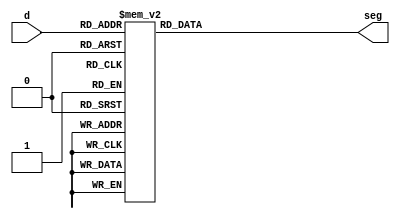
// Design: bcd-7
// Description: BCD to 7-segment converter

////////////////////////////////////////////////////////////////////////////////
// This file is free software: you can redistribute it and/or modify it under //
// the terms of the GNU General Public License as published by the Free       //
// Software Foundation, either version 3 of the License, or (at your option)  //
// any later version. See <http://www.gnu.org/licenses/>.                     //
////////////////////////////////////////////////////////////////////////////////

/*
       0             Segments are active low
      ---
   5 |   | 1
      --- 6
   4 |   | 2
      ---
       3
*/

`timescale 1ns / 1ps

module display(
    input wire [3:0] d,
    output reg [0:6] seg
    );

    always @*
        case (d)
        4'h0: seg = 7'b0000001;
        4'h1: seg = 7'b1001111;
        4'h2: seg = 7'b0010010;
        4'h3: seg = 7'b0000110;
        4'h4: seg = 7'b1001100;
        4'h5: seg = 7'b0100100;
        4'h6: seg = 7'b0100000;
        4'h7: seg = 7'b0001111;
        4'h8: seg = 7'b0000000;
        4'h9: seg = 7'b0000100;
        default: seg = 7'b1111110;    // input is not BCD
        endcase
endmodule   // display